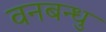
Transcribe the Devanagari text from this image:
वनबन्धु